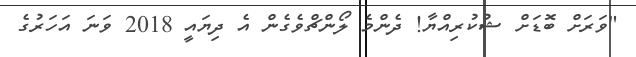
"ވަރަށް ބޮޑަށް ޝުކުރިއްޔާ! ދެންމެ ލޯންޗްވެގެން އެ ދިޔައީ 2018 ވަނަ އަހަރުގެ